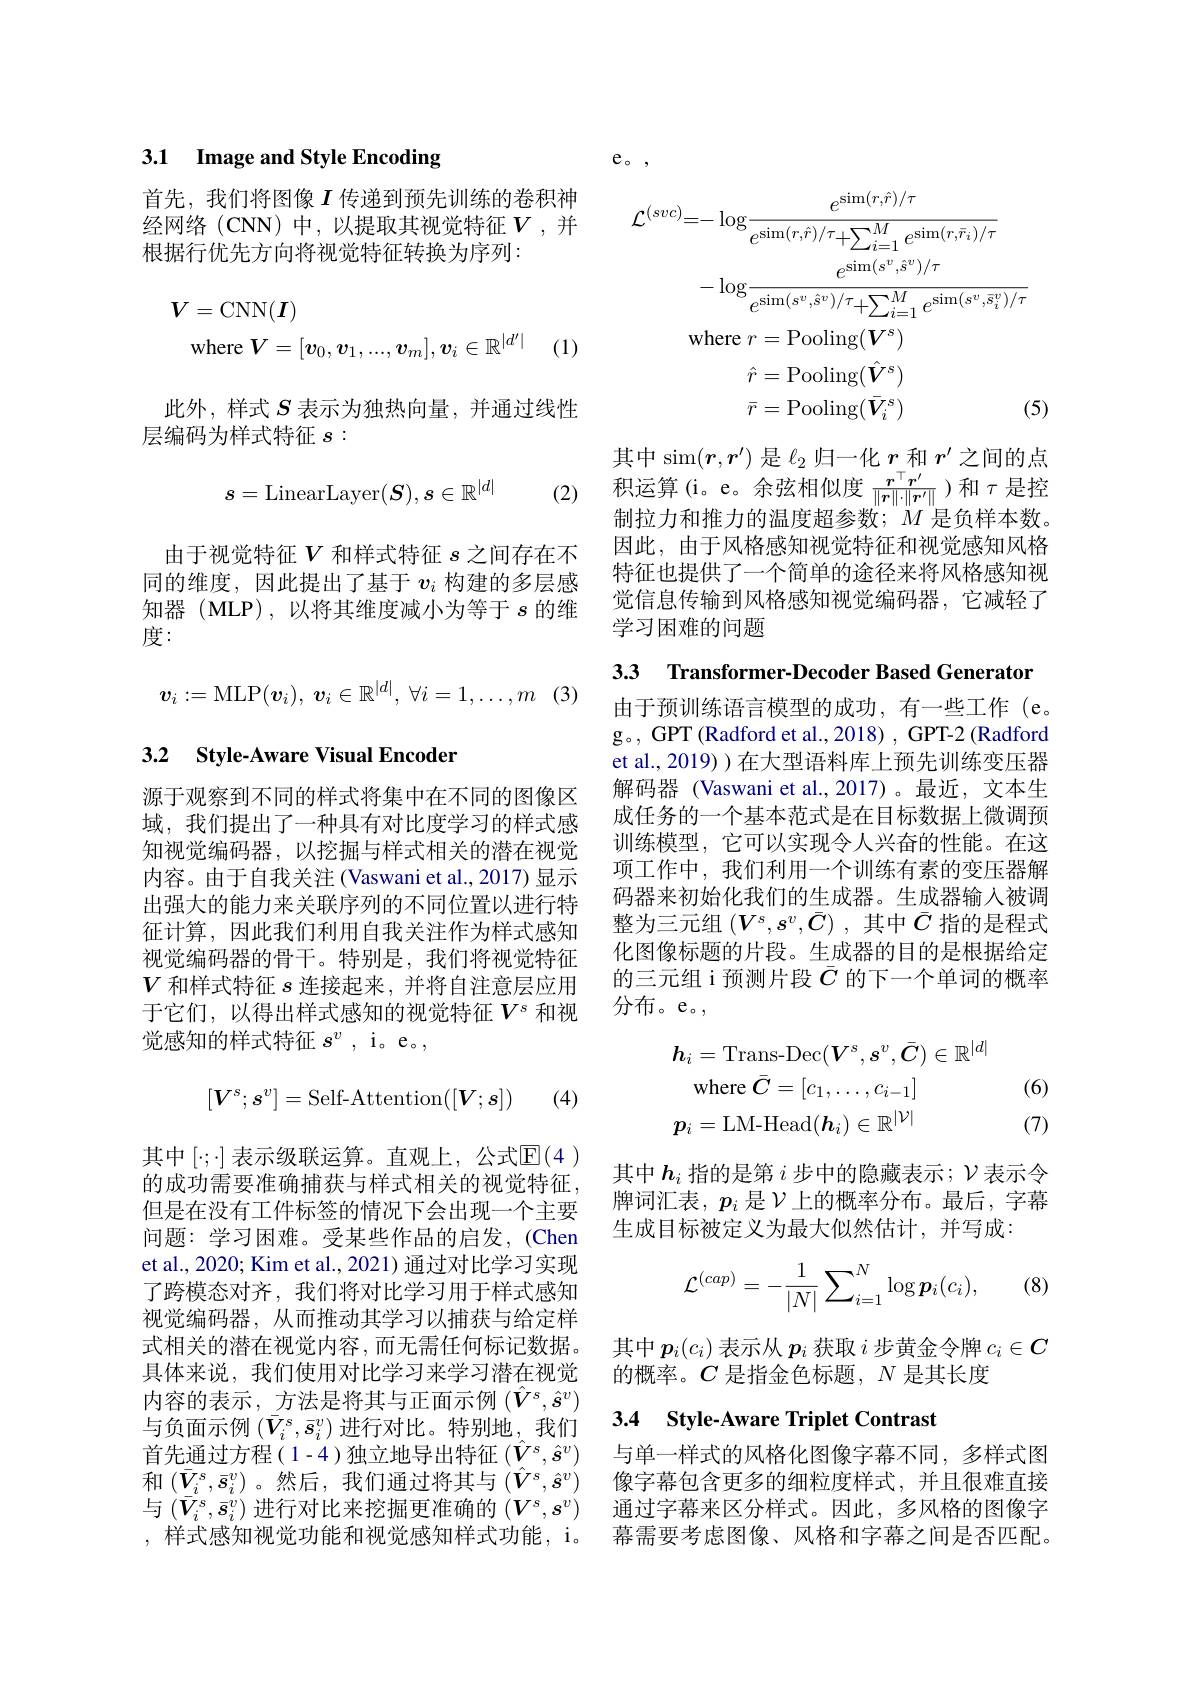
3.1 Image and Style Encoding e。,

首先，我们将图像$I$传递到预先训练的卷积神经网络(CNN)中，以提取其视觉特征$V$,并根据行优先方向将视觉特征转换为序列：
$$\begin{aligned}\boldsymbol{V}&=\mathrm{CNN}(\boldsymbol{I})\\\mathrm{where~}\boldsymbol{V}&=[\boldsymbol{v}_0,\boldsymbol{v}_1,...,\boldsymbol{v}_m],\boldsymbol{v}_i\in\mathbb{R}^{|d'|}\end{aligned}$$
此外，样式$S$表示为独热向量，并通过线性
层编码为样式特征$s:$

(2)
$$s=\text{LinearLayer}(S),s\in\mathbb{R}^{|d|}$$
由于视觉特征$V$和样式特征$s$之间存在不同的维度，因此提出了基于$v_i$构建的多层感知器(MLP),以将其维度减小为等于$s$的维度：
$$\boldsymbol{v}_i:=\text{MLP}(\boldsymbol{v}_i),\:\boldsymbol{v}_i\in\mathbb{R}^{|d|},\:\forall i=1,\ldots,m$$
## 3.2 Style-Aware Visual Encoder

源于观察到不同的样式将集中在不同的图像区域，我们提出了一种具有对比度学习的样式感知视觉编码器，以挖掘与样式相关的潜在视觉内容。由于自我关注 (Vaswani et al., 2017) 显示出强大的能力来关联序列的不同位置以进行特征计算，因此我们利用自我关注作为样式感知视觉编码器的骨干。特别是，我们将视觉特征$V$和样式特征$s$连接起来，并将自注意层应用于它们，以得出样式感知的视觉特征$V^s$ 和视觉感知的样式特征$s^v$, i。e。,
$$[V^s;s^v]=\text{Self-Attention}([V;s])$$
(4)

其中$\left[\cdot;\cdot\right]$表示级联运算。直观上，公式$\overline{\mathrm{E}}(4)$ 的成功需要准确捕获与样式相关的视觉特征， 但是在没有工件标签的情况下会出现一个主要问题：学习困难。受某些作品的启发，(Chen et al., 2020; Kim et al., 2021) 通过对比学习实现了跨模态对齐，我们将对比学习用于样式感知视觉编码器，从而推动其学习以捕获与给定样式相关的潜在视觉内容，而无需任何标记数据。具体来说，我们使用对比学习来学习潜在视觉内容的表示，\_方法是将其与正面示例$(\hat{V}^s,\hat{s}^v)$ 与负面示例$(\bar{\boldsymbol{V}}_i^s,\bar{\boldsymbol{s}}_i^v)$进行对比。特别地，我们首先通过方程(1-4)独立地导出特征$\left(\hat{\boldsymbol{V}}^s,\hat{\boldsymbol{s}}^v\right)$ 和$(\bar{V}_{i}^{s},\bar{s}_{i}^{v})$。然后，我们通过将其与$\left(\hat{V}^{s},\hat{s}^{v}\right)$ 与$(\bar{V}_i^s,\bar{s}_i^v)$进行对比来挖掘更准确的$(V^s,s^v)$ ,样式感知视觉功能和视觉感知样式功能，i。
$$\begin{aligned}\mathcal{L}^{(svc)}=&-\log\frac{e^{\sin(r,\hat{r})/\tau}}{e^{\sin(r,\hat{r})/\tau}+\sum_{i=1}^{M}e^{\sin(r,\bar{r}_{i})/\tau}}\\&-\log\frac{e^{\sin(s^{v},\hat{s}^{v})/\tau}}{e^{\sin(s^{v},\hat{s}^{v})/\tau}+\sum_{i=1}^{M}e^{\sin(s^{v},\bar{s}_{i}^{v})/\tau}}\\\mathrm{where~}r&=\mathrm{Pooling}(\boldsymbol{V}^{s})\\&\hat{r}=\mathrm{Pooling}(\hat{\boldsymbol{V}}^{s})\\&\bar{r}=\mathrm{Pooling}(\bar{\boldsymbol{V}}_{i}^{s})&\text{(5)}\end{aligned}$$
制拉力和推力的温度超参数；$M$是负样本数。因此，由于风格感知视觉特征和视觉感知风格特征也提供了一个简单的途径来将风格感知视觉信息传输到风格感知视觉编码器，它减轻了学习困难的问题

3.3 Transformer-Decoder Based Generaton

由于预训练语言模型的成功，有一些工作(e。g。, GPT (Radford et al., 2018) , GPT-2 (Radford et al., 2019) ) 在大型语料库上预先训练变压器解码器 (Vaswani et al.,2017)。最近，文本生成任务的一个基本范式是在目标数据上微调预训练模型，它可以实现令人兴奋的性能。在这项工作中，我们利用一个训练有素的变压器解码器来初始化我们的生成器。生成器输入被调整为三元组$(V^s,s^v,\bar{C})$ ,其中$\bar{C}$指的是程式化图像标题的片段。生成器的目的是根据给定的三元组 i 预测片段$\bar{C}$的下一个单词的概率分布。e。

(6)
$$\begin{aligned}&\boldsymbol{h}_{i}=\mathrm{Trans-Dec}(\boldsymbol{V}^{s},\boldsymbol{s}^{v},\bar{\boldsymbol{C}})\in\mathbb{R}^{|d|}\\&\mathrm{where~}\bar{C}=[c_{1},\ldots,c_{i-1}]\\&\boldsymbol{p}_{i}=\mathrm{LM-Head}(\boldsymbol{h}_{i})\in\mathbb{R}^{|\mathcal{V}|}\end{aligned}$$
(7)

其中$h_i$指的是第$i$步中的隐藏表示；$\mathcal{V}$表示令牌词汇表，$p_i$ 是$\mathcal{V}$上的概率分布。最后，字幕生成目标被定义为最大似然估计，并写成：

(8)
$$\mathcal{L}^{(cap)}=-\frac{1}{|N|}\sum_{i=1}^{N}\log\boldsymbol{p}_i(c_i),$$
其中$p_i(c_i)$表示从$p_i$获取$i$步黄金令牌$c_i\in C$
的概率。$C$是指金色标题，$N$是其长度

## 3.4 Style-Aware Triplet Contrast

与单一样式的风格化图像字幕不同，多样式图像字幕包含更多的细粒度样式，并且很难直接通过字幕来区分样式。因此，多风格的图像字幕需要考虑图像、风格和字幕之间是否匹配。